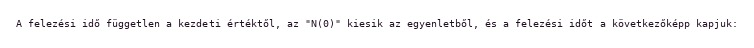
A felezési idő független a kezdeti értéktől, az "N(0)" kiesik az egyenletből, és a felezési időt a következőképp kapjuk: